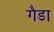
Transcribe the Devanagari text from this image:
गैडा